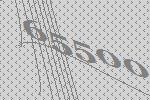
65500